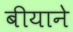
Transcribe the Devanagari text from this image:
बीयाने